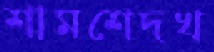
শামশেদখ